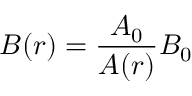
B ( r ) = \frac { A _ { 0 } } { A ( r ) } B _ { 0 }